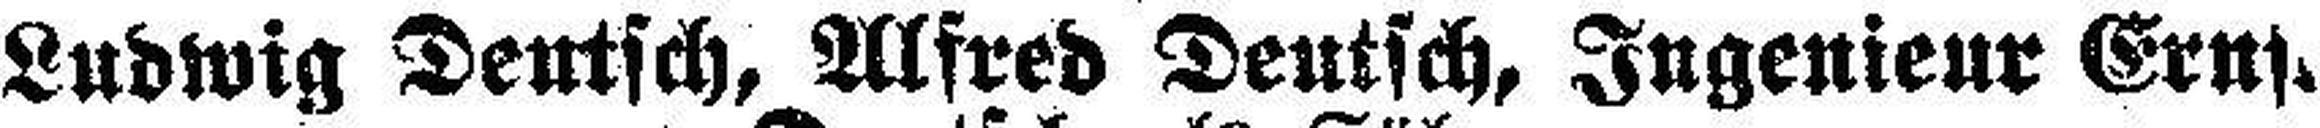
Ludwig Deutsch, Alfred Deutsch, Ingenieur Ern###.